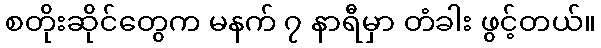
စတိုးဆိုင်တွေက မနက် ၇ နာရီမှာ တံခါး ဖွင့်တယ်။